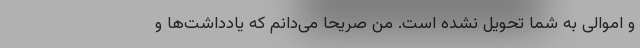
و اموالی به شما تحویل نشده است. من صریحاً می‌دانم که یادداشت‌ها و